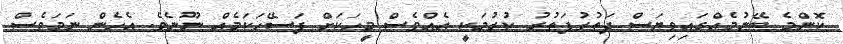
ކޮންމެ ބޭނުމެއްގައިވިޔަސް ދަތުރުފަތުރު ކުރުމަކީ އެއްވެސް މީހަކަށް ފަސޭހަކަމެއް ނޫނެވެ. އެހެން ނަމަވެސް